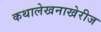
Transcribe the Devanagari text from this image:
कथालेखनाखेरीज